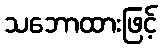
သဘောထားဖြင့်